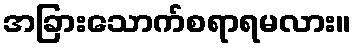
အခြားသောက်စရာရမလား။